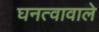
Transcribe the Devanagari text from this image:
घनत्वावाले